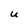
Character: u